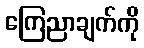
ကြေညာချက်ကို